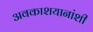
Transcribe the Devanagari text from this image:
अवकाशयानांशी